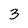
Character: 3